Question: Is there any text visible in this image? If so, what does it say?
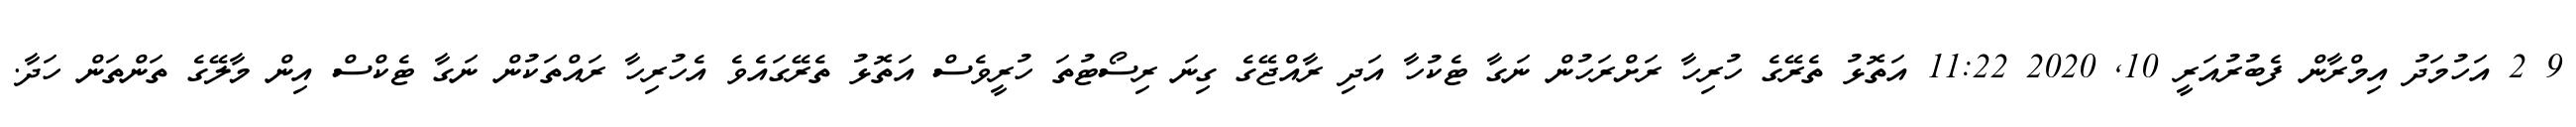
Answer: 9 2 އަހުމަދު އިމްރާން ފެބުރުއަރީ 10, 2020 11:22 އަތޮޅު ތެރޭގެ ހުރިހާ ރަށްރަހުން ނަގާ ޓެކުހާ އަދި ރާއްޖޭގެ ގިނަ ރިސޯޓުތަ ހުރީވެސް އަތޮޅު ތެރޭގައެވެ އެހުރިހާ ރައްތަކުން ނަގާ ޓެކްސް އިން މާލޭގެ ތަންތަން ހަދާ.